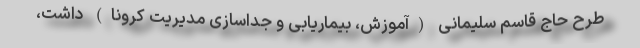
طرح حاج قاسم سلیمانی (آموزش، بیماریابی و جداسازی مدیریت کرونا) داشت،